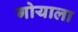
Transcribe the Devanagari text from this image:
गोयाला